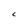
Character: C